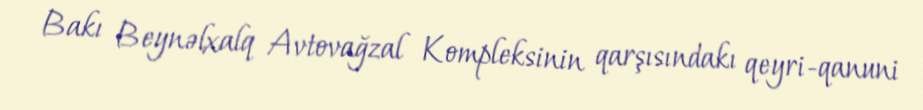
Bakı Beynəlxalq Avtovağzal Kompleksinin qarşısındakı qeyri-qanuni